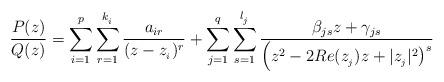
LaTeX: \begin{align*}\frac{P(z)}{Q(z)}=\displaystyle\sum_{i=1}^{p}\displaystyle\sum_{r=1}^{k_{_{i}}}\frac{a_{ir}}{(z-z_{_{i}})^{r}}+\displaystyle\sum_{j=1}^{q}\displaystyle\sum_{s=1}^{l_{_{j}}}\frac{\beta _{js}z+\gamma_{js}}{\Big(z^{2}-2Re(z_{_{j}})z+|z_{_{j}}|^{2}\big)^{s}} \end{align*}